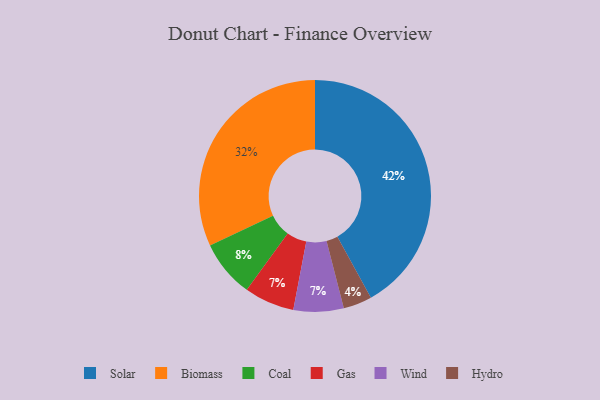
{"axis": {"x": "Category", "y": "Percentage"}, "legend": ["Biomass", "Coal", "Gas", "Hydro", "Solar", "Wind"], "data": [{"x": "Biomass", "y": 32, "type": "Biomass"}, {"x": "Gas", "y": 7, "type": "Gas"}, {"x": "Solar", "y": 42, "type": "Solar"}, {"x": "Hydro", "y": 4, "type": "Hydro"}, {"x": "Wind", "y": 7, "type": "Wind"}, {"x": "Coal", "y": 8, "type": "Coal"}]}